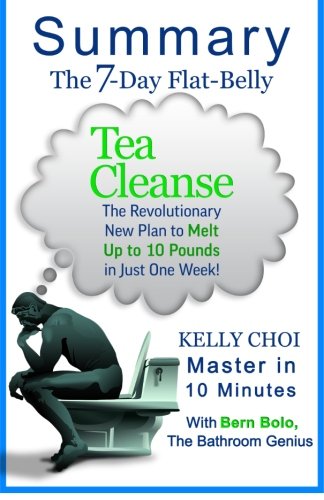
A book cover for A 10-minute Summary of The 7-Day Flat-Belly Tea Cleanse: The Revolutionary New Plan to Melt Up to 10 Pounds of Fat in Just One Week!; Bern Bolo; Health, Fitness & Dieting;